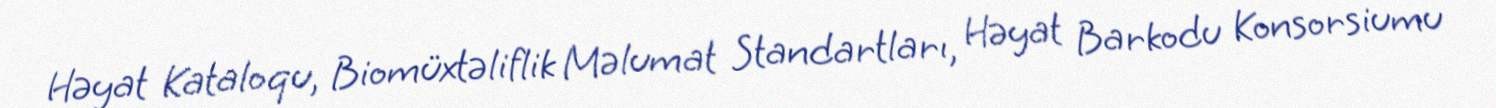
Həyat Kataloqu, Biomüxtəliflik Məlumat Standartları, Həyat Barkodu Konsorsiumu